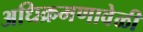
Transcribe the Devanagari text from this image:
अधिक्रमणावेळी